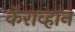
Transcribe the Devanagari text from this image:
कॅराव्हान